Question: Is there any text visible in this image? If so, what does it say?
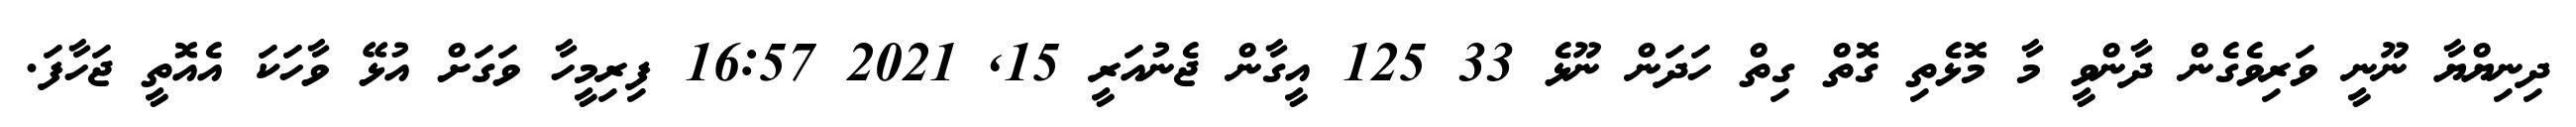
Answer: ދިނިޔްޔާ ނޫނީ ވަރިވެގެން ދާންވީ މާ މޮޅެތި ގޮތް ގިތް ހަދަން ނޫޅެ 33 125 އީގާން ޖެނުއަރީ 15, 2021 16:57 ފިރިމީހާ ވަގަށް އުޅޭ ވާހަކަ އެއޮތީ ޖަހާފަ.